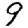
Digit: 9